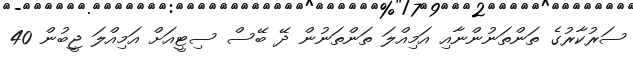
ސަރުކާރުގެ ތަންތަނުންނާއި އަމިއްލަ ތަންތަނުން ދޭ ބޭސް ސިޓީއަށް އަމިއްލަ ޖީބުން 40